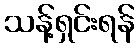
သန့်ရှင်းရန်